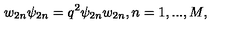
w _ { 2 n } \psi _ { 2 n } = q ^ { 2 } \psi _ { 2 n } w _ { 2 n } , n = 1 , . . . , M ,